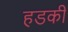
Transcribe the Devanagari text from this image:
हडकी